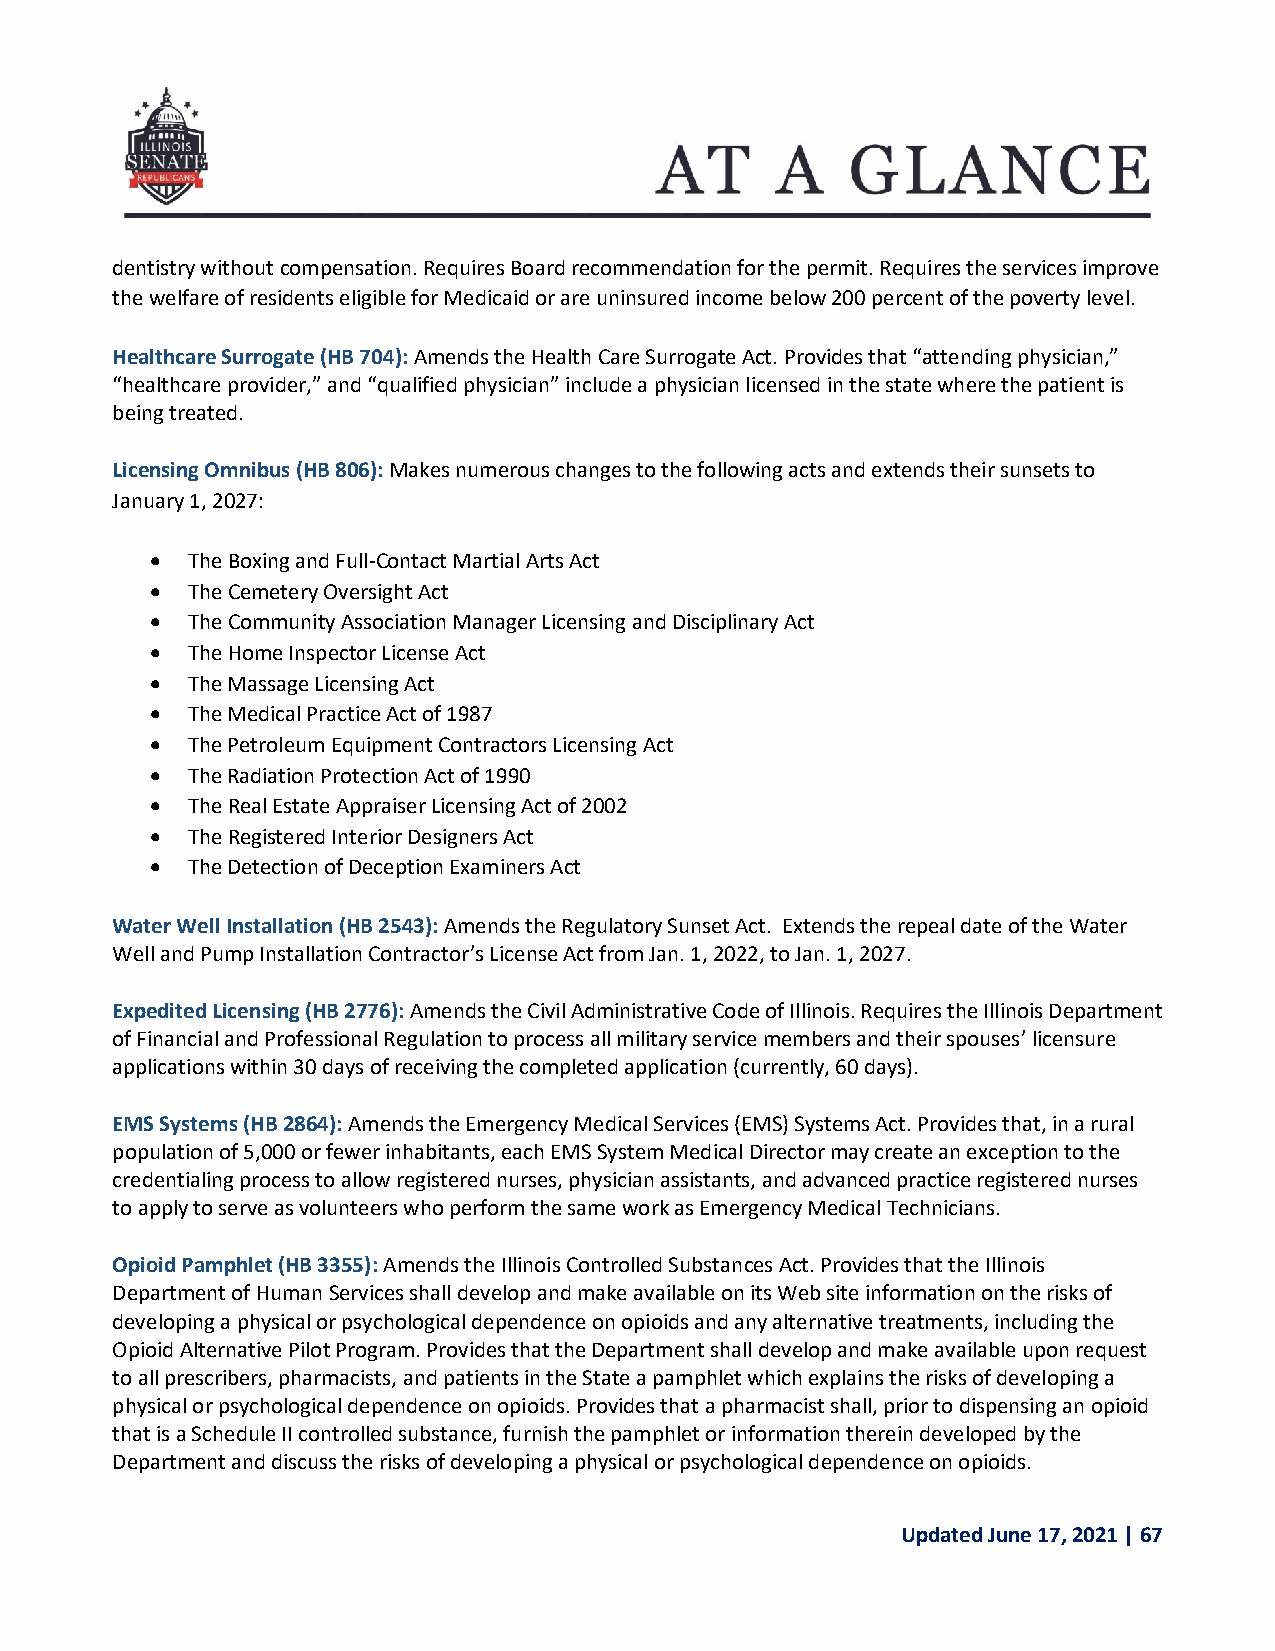
dentistry without compensation. Requires Board recommendation for the permit. Requires the services improve
 the welfare of residents eligible for Medicaid or are uninsured income below 200 percent of the poverty level.
 Healthcare Surrogate (HB 704): Amends the Health Care Surrogate Act. Provides that “attending physician,”
 “healthcare provider,” and “qualified physician” include a physician licensed in the state where the patient is
 being treated.
 Licensing Omnibus (HB 806): Makes numerous changes to the following acts and extends their sunsets to
 January 1, 2027:
  The Boxing and Full-Contact Martial Arts Act
  The Cemetery Oversight Act
  The Community Association Manager Licensing and Disciplinary Act
  The Home Inspector License Act
  The Massage Licensing Act
  The Medical Practice Act of 1987
  The Petroleum Equipment Contractors Licensing Act
  The Radiation Protection Act of 1990
  The Real Estate Appraiser Licensing Act of 2002
  The Registered Interior Designers Act
  The Detection of Deception Examiners Act
 Water Well Installation (HB 2543): Amends the Regulatory Sunset Act. Extends the repeal date of the Water
 Well and Pump Installation Contractor’s License Act from Jan. 1, 2022, to Jan. 1, 2027.
 Expedited Licensing (HB 2776): Amends the Civil Administrative Code of Illinois. Requires the Illinois Department
 of Financial and Professional Regulation to process all military service members and their spouses’ licensure
 applications within 30 days of receiving the completed application (currently, 60 days).
 EMS Systems (HB 2864): Amends the Emergency Medical Services (EMS) Systems Act. Provides that, in a rural
 population of 5,000 or fewer inhabitants, each EMS System Medical Director may create an exception to the
 credentialing process to allow registered nurses, physician assistants, and advanced practice registered nurses
 to apply to serve as volunteers who perform the same work as Emergency Medical Technicians.
 Opioid Pamphlet (HB 3355): Amends the Illinois Controlled Substances Act. Provides that the Illinois
 Department of Human Services shall develop and make available on its Web site information on the risks of
 developing a physical or psychological dependence on opioids and any alternative treatments, including the
 Opioid Alternative Pilot Program. Provides that the Department shall develop and make available upon request
 to all prescribers, pharmacists, and patients in the State a pamphlet which explains the risks of developing a
 physical or psychological dependence on opioids. Provides that a pharmacist shall, prior to dispensing an opioid
 that is a Schedule II controlled substance, furnish the pamphlet or information therein developed by the
 Department and discuss the risks of developing a physical or psychological dependence on opioids.
 Updated June 17, 2021 | 67